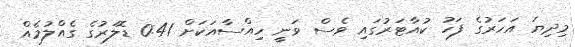
މިދިޔަ އަހަރުގެ ފަހު ކުއާޓަރުގައި ވެސް ވަނީ ހިއްސާއަކަށް 0.41 ޑޮލަރުގެ ގެއްލުމެއް